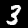
Label: 3